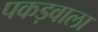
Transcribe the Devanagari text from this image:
पकड़वाला